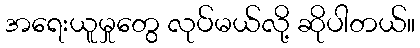
အရေးယူမှုတွေ လုပ်မယ်လို့ ဆိုပါတယ်။